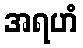
အရဟံ